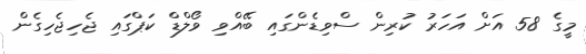
މީގެ 58 އަށް އަހަރު ކުރިން ސްވިޑެންގައި ބޭއްވި ވޯލްޑް ކަޕްގައި ޖެހިޖެހިގެން